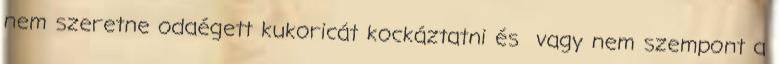
nem szeretne odaégett kukoricát kockáztatni és vagy nem szempont a